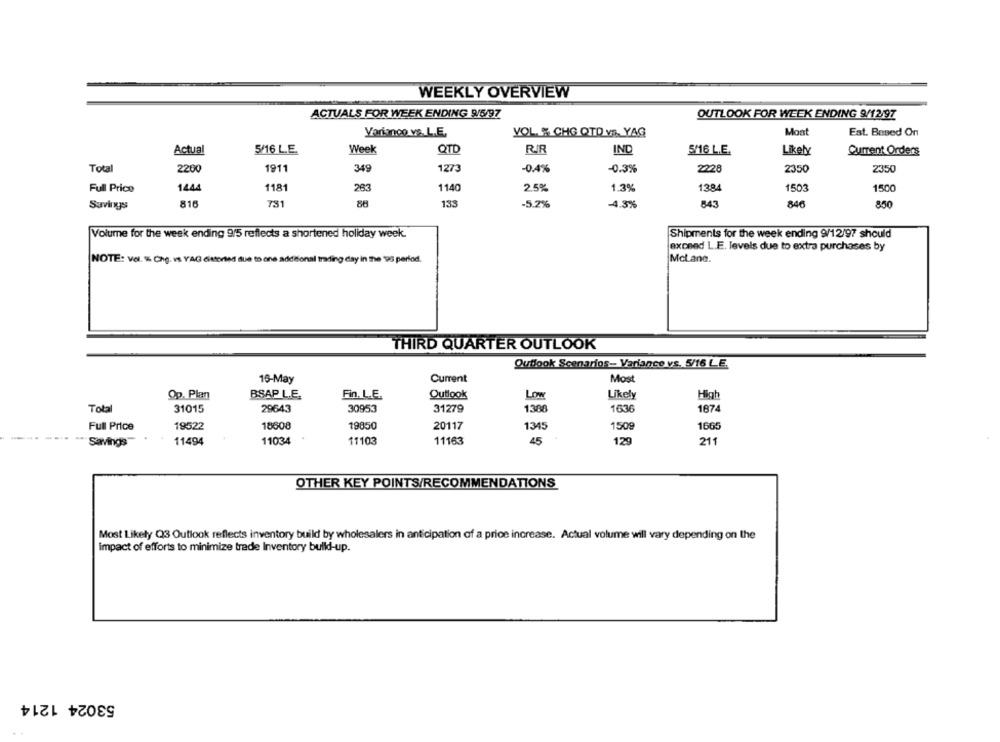
WEEKLY OVERVIEW
ACTUALS FOR WEEK ENDING 9/5/97
OUTLOOK FOR WEEK ENDING 9/12/97
Varingo vs. L.E.
VOL % CHG QTD Vs. YAG
Mont
Est. Based On
Actual
Week
5/16 L.E.
QTD
RR
IND
5/16 L.E.
Likely
Current Orders
Total
2200
1911
349
1273
-0.4%
-0.3%
2228
2350
2350
1181
Full Price
1444
283
1140
2.5%
1.3%
1384
1503
1500
Savings
816
731
86
133
-5.2%
-4.3%
843
846
850
Volume for the week ending 9/5 reflects a shortened holiday week.
Shipments for the week ending 9/12/97 should
exceed L.E. levels due to extra purchases by
NOTE: vol. % Chg. vs YAG distorted due to one additional trading day in the '96 period.
McLane.
THIRD QUARTER OUTLOOK
Outlook Scenarios- Variance vs. 5/16 LE.
16-May
Current
Most
Op. Plan
BSAP L.E.
LOW
Likely
High
Fin. L.E.
Outlook
Total
31015
29643
30953
31279
1388
1636
1874
1665
Full Price
19522
18608
19850
20117
1345
1509
Savings
11494
11034
11103
11163
45
129
211
OTHER KEY POINTS/RECOMMENDATIONS
Most Likely Q3 Outlook reflects inventory build by wholesalers in anticipation of a price increase. Actual volume will vary depending on the
impact of efforts to minimize trade Inventory build-up.
53024 1214
..